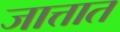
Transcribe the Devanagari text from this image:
जात्तात